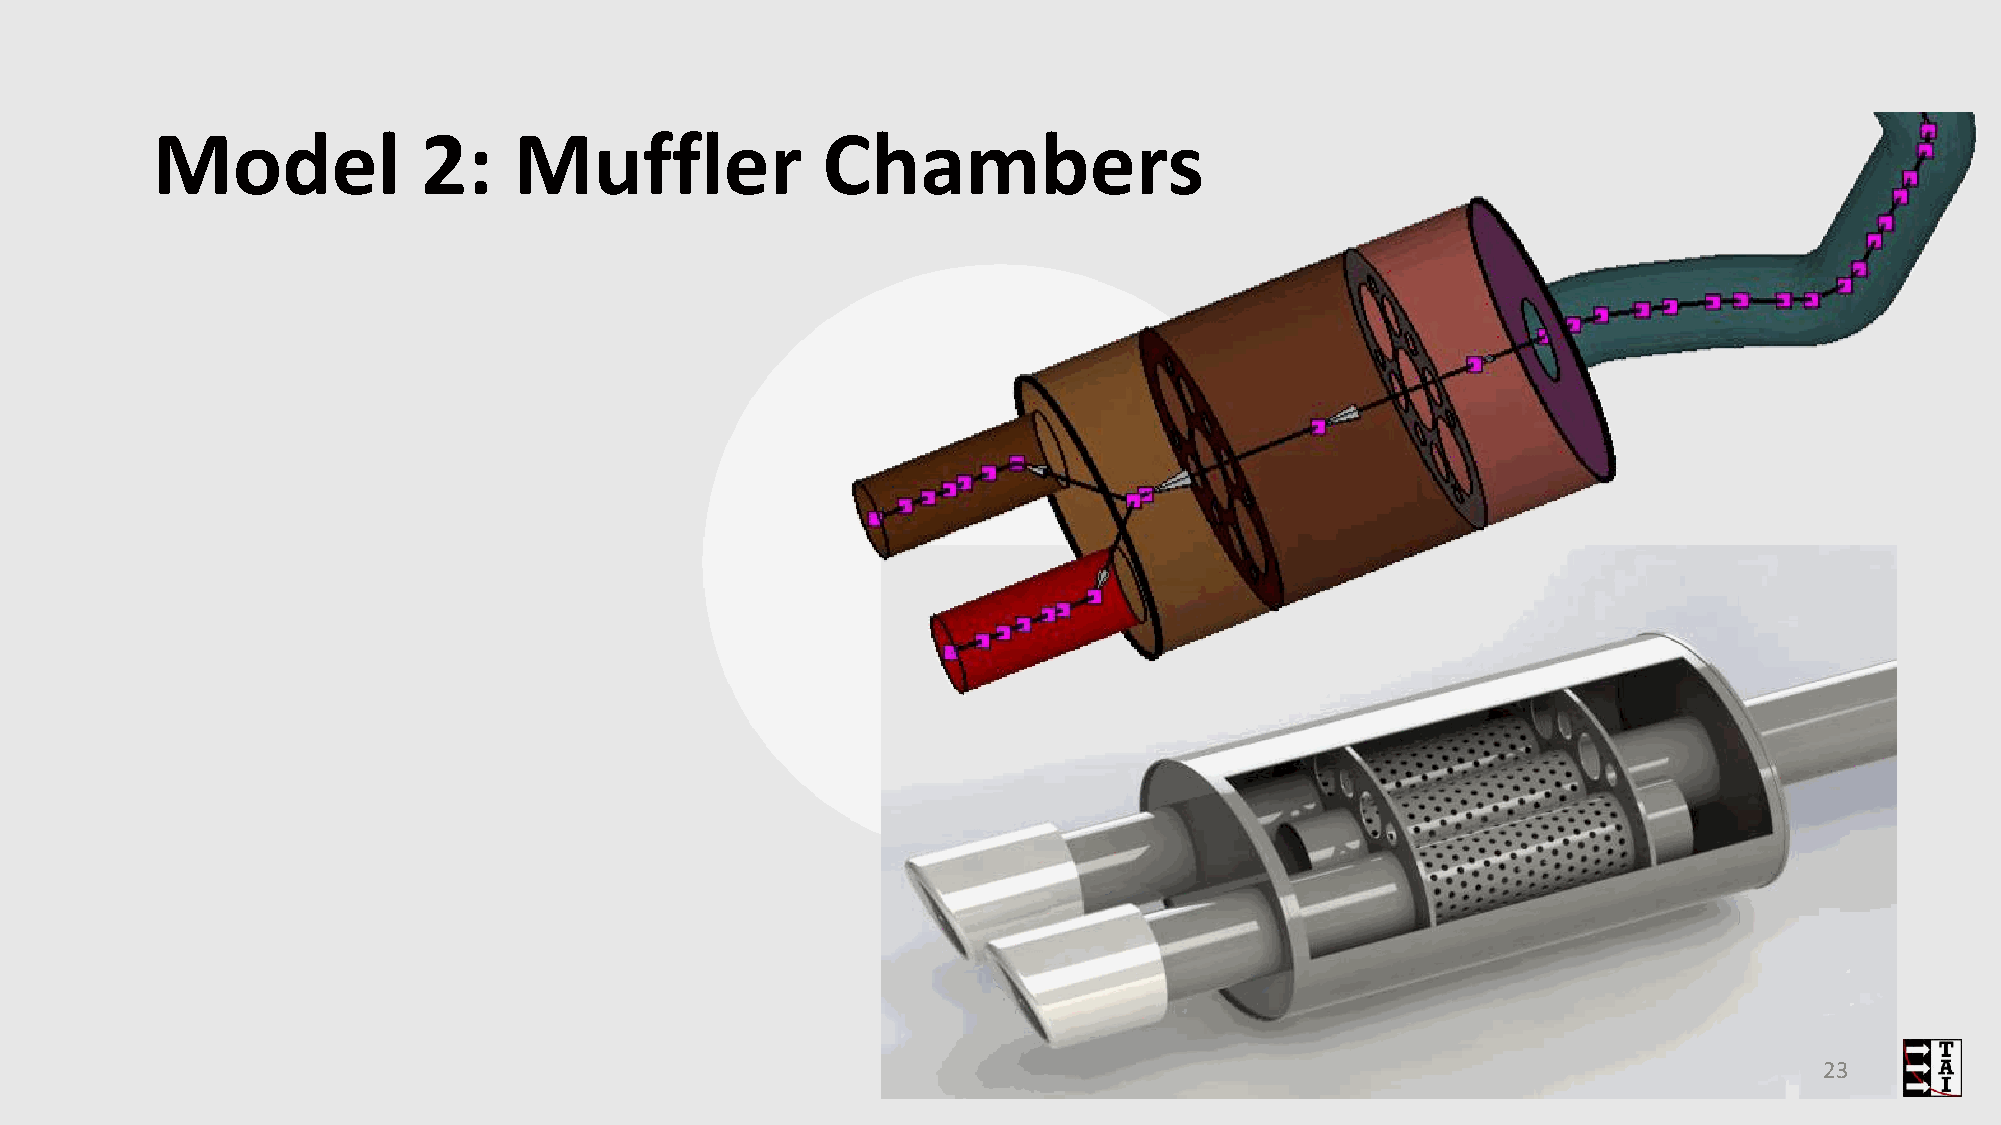
Model             2:    Muffler             Chambers
 23